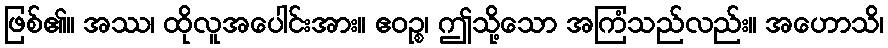
ဖြစ်၏။ အဿ၊ ထိုလူအပေါင်းအား။ ဧဝဉ္စ၊ ဤသို့သော အကြံသည်လည်း။ အဟောသိ၊